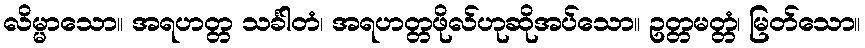
လိမ္မာသော။ အရဟတ္တ သင်္ခါတံ၊ အရဟတ္တဖိုလ်ဟုဆိုအပ်သော။ ဥတ္တမတ္တံ၊ မြတ်သော။